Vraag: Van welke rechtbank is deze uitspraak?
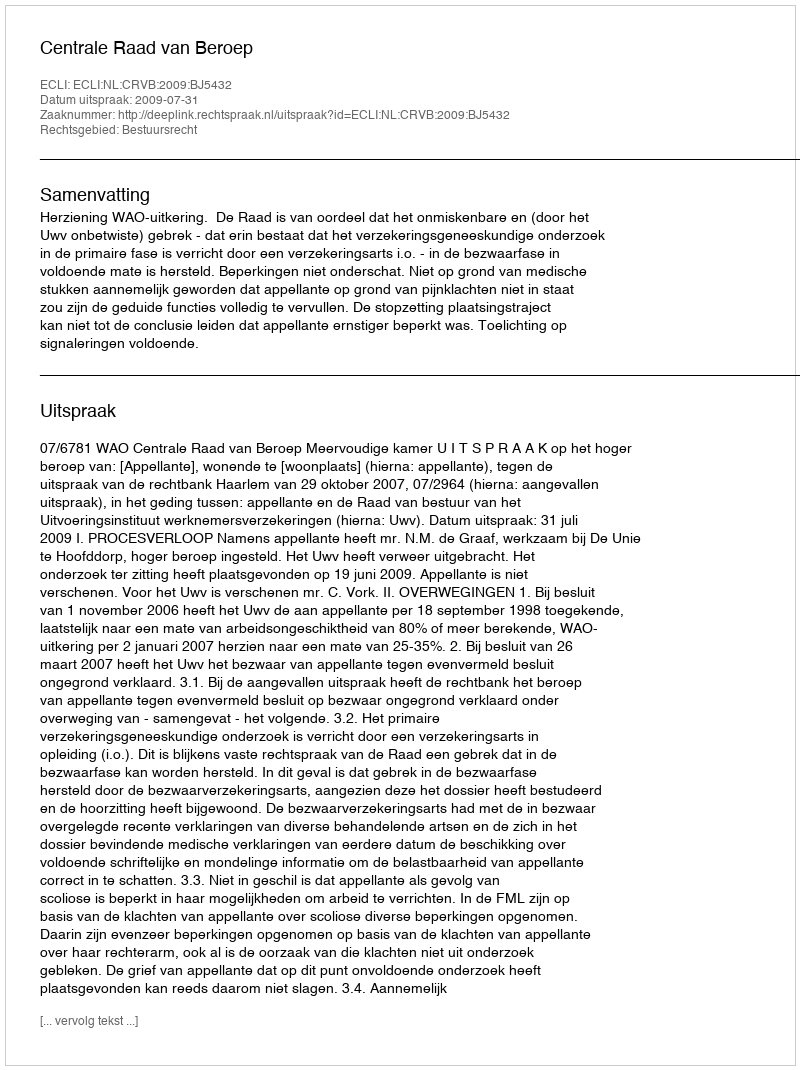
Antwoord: Centrale Raad van Beroep